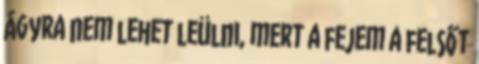
ágyra nem lehet leülni, mert a fejem a felsőt